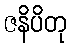
ဇနိပိတု